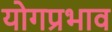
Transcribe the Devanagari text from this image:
योगप्रभाव